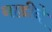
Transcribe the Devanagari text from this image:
नाडीने